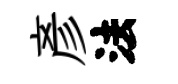
彥法